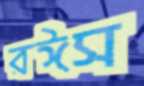
রঈস